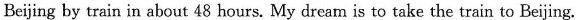
Beijing by train in about 48 hours. My dream is to take the train to Beijing.